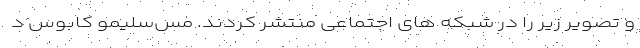
و تصویر زیر را در شبکه های اجتماعی منتشر کردند. مَس‌سلیمو کابوس د